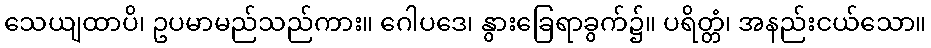
သေယျထာပိ၊ ဥပမာမည်သည်ကား။ ဂေါပဒေ၊ နွားခြေရာခွက်၌။ ပရိတ္တံ၊ အနည်းငယ်သော။